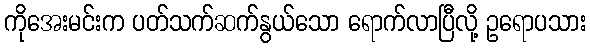
ကိုအေးမင်းက ပတ်သက်ဆက်နွယ်သော ရောက်လာပြီလို့ ဥရောပသား